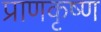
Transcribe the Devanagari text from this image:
प्राणकृष्ण